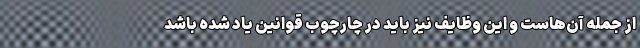
از جمله آن‌هاست و این وظایف نیز باید در چارچوب قوانین یاد شده باشد